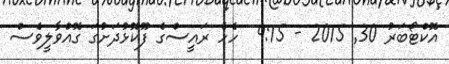
އޮކްޓޯބަރު 30